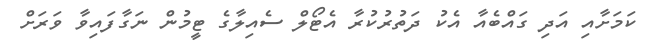
ކަމަށާއި އަދި ގައްބެއާ އެކު ދަތުރުކުރާ އެޓޯލް ސެއިލާގެ ޓީމުން ނަގާފައިވާ ވަރަށް